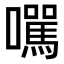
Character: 𡄃